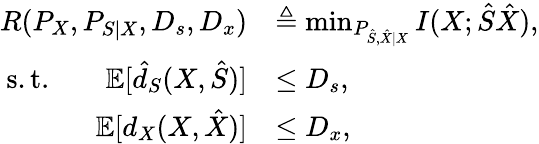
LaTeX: \begin{array}{rl}{R(P_{X},P_{S|X},D_{s},D_{x})}&{\triangleq\operatorname*{min}_{P_{\hat{S},\hat{X}|X}}I(X;\hat{S}\hat{X}),}\\ {\mathrm{s.t.}\qquad\mathbb{E}[\hat{d}_{S}(X,\hat{S})]}&{\leq D_{s},}\\ {\mathbb{E}[d_{X}(X,\hat{X})]}&{\leq D_{x},}\end{array}